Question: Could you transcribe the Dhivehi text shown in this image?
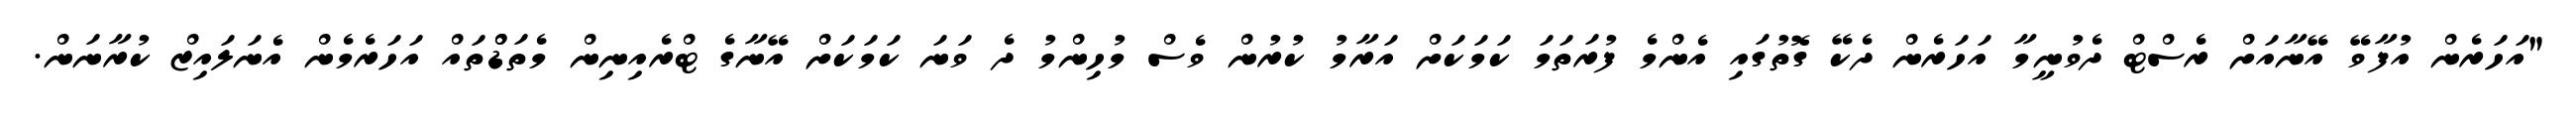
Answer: "އަހަރެން އުފާވޭ އޭނާއަށް ރެސްޓް ދެވުނީމާ އަހަރެން ދެކޭ ގޮތުގައި އެންމެ ފުރަތަމަ ކަމަކަށް އަރާމު ކުރުން ވެސް މުހިންމު ދެ ވަނަ ކަމަކަށް އޭނާގެ ޓްރެއިނިން މެތަޑްްތައް އަހަރެމެން އެނަލައިޒް ކުރާނަން.